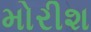
મોરીશ